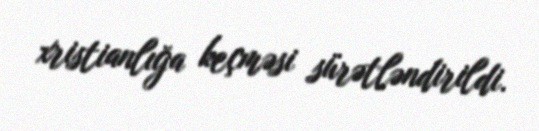
xristianlığa keçməsi sürətləndirildi.